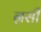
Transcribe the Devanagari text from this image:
ऩसी